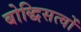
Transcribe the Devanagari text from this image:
बोद्धिसत्वों